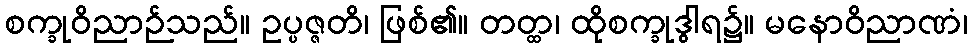
စက္ခုဝိညာဉ်သည်။ ဥပ္ပဇ္ဇတိ၊ ဖြစ်၏။ တတ္ထ၊ ထိုစက္ခုဒွါရ၌။ မနောဝိညာဏံ၊